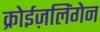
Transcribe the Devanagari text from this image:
क्रोईज़लिंगेन